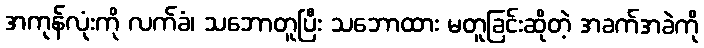
အကုန်လုံးကို လက်ခံ၊ သဘောတူပြီး သဘောထား မတူခြင်းဆိုတဲ့ အခက်အခဲကို